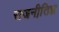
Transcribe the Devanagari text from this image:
राजनीति़ज्ञ